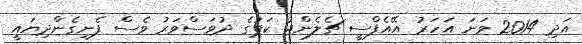
އަދި 2014 ވަނަ އަހަރު އޭއެފްސީ ޗެލެންޖު ކަޕުގެ ދުވަސްވަރު ވެސް ފެނިގެންދިޔައީ